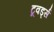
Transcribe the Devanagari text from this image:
टूवर्ड्स